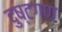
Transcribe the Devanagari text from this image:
दुष्टगण